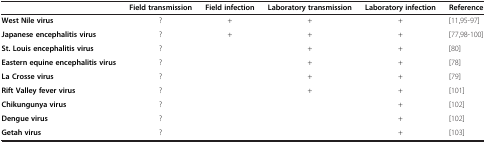
<table><thead><tr><td><b> </b></td><td><b>Field transmission</b></td><td><b>Field infection</b></td><td><b>Laboratory transmission</b></td><td><b>Laboratory infection</b></td><td><b>Reference</b></td></tr></thead><tbody><tr><td><b>West Nile virus</b></td><td>?</td><td>+</td><td>+</td><td>+</td><td>[11,95-97]</td></tr><tr><td><b>Japanese encephalitis virus</b></td><td>?</td><td>+</td><td>+</td><td>+</td><td>[77,98-100]</td></tr><tr><td><b>St. Louis encephalitis virus</b></td><td>?</td><td> </td><td>+</td><td>+</td><td>[80]</td></tr><tr><td><b>Eastern equine encephalitis virus</b></td><td>?</td><td> </td><td>+</td><td>+</td><td>[78]</td></tr><tr><td><b>La Crosse virus</b></td><td>?</td><td> </td><td>+</td><td>+</td><td>[79]</td></tr><tr><td><b>Rift Valley fever virus</b></td><td>?</td><td> </td><td>+</td><td>+</td><td>[101]</td></tr><tr><td><b>Chikungunya virus</b></td><td>?</td><td> </td><td> </td><td>+</td><td>[102]</td></tr><tr><td><b>Dengue virus</b></td><td>?</td><td> </td><td> </td><td>+</td><td>[102]</td></tr><tr><td><b>Getah virus</b></td><td>?</td><td> </td><td> </td><td>+</td><td>[103]</td></tr></tbody></table>